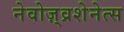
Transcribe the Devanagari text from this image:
नेवोज़्व्रशेनेत्स